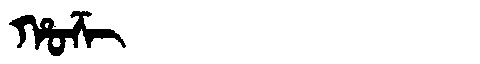
Manchu: ᡥᠣᡯᡳ
Romanization: HODZI